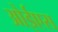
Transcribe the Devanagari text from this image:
ओईएस